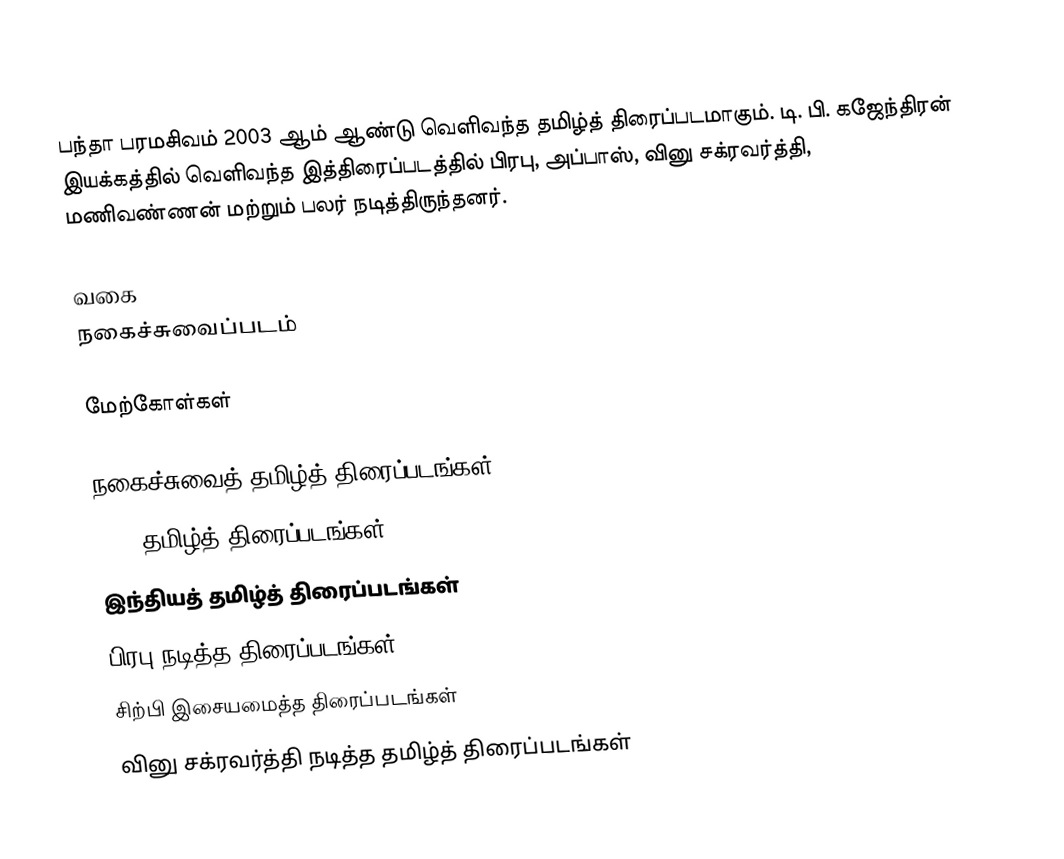
பந்தா பரமசிவம் 2003 ஆம் ஆண்டு வெளிவந்த தமிழ்த் திரைப்படமாகும். டி. பி. கஜேந்திரன் இயக்கத்தில் வெளிவந்த இத்திரைப்படத்தில் பிரபு, அப்பாஸ், வினு சக்ரவர்த்தி, மணிவண்ணன் மற்றும் பலர் நடித்திருந்தனர்.

வகை
நகைச்சுவைப்படம்

மேற்கோள்கள்

நகைச்சுவைத் தமிழ்த் திரைப்படங்கள்
2003 தமிழ்த் திரைப்படங்கள்
இந்தியத் தமிழ்த் திரைப்படங்கள்
பிரபு நடித்த திரைப்படங்கள்
சிற்பி இசையமைத்த திரைப்படங்கள்
வினு சக்ரவர்த்தி நடித்த தமிழ்த் திரைப்படங்கள்